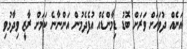
އަނެއް ދުވަހަށް ވަރަށް ބޮޑު ޑިމާންޑެއް އުފެދެމުން އަންނާނެ ކަމަށް ރާޒީ ވިދާޅުވި